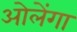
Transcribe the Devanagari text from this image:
ओलेंगा